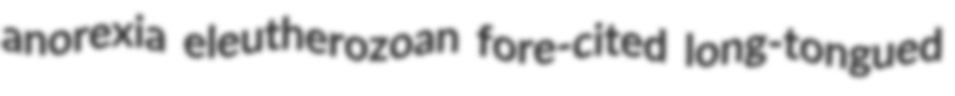
anorexia eleutherozoan fore-cited long-tongued